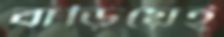
বাড়িয়েই